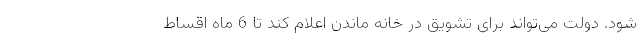
شود. دولت می‌تواند برای تشویق در خانه ماندن اعلام کند تا 6 ماه اقساط